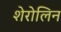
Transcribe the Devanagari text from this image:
शेरोलिन